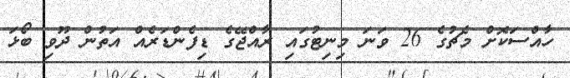
ހާއްސަކޮށް މެޗުގެ 26 ވަނަ މިނިޓުގައި ރާއްޖޭގެ ޑިފެންޑަރެއް އަތުން ދޫވި ބޯޅަ